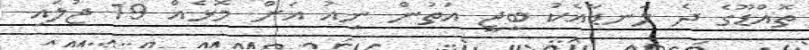
ތޮއްޑޫގެ ދެ ލަނޑާއެކު ބީޖީ އަތުން ނިއު އަށް މޮޅެއް 19 ޖުލައި